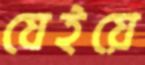
যেইয়ে